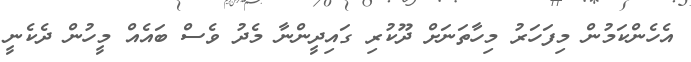
އެހެންކަމުން މިފަހަރު މިހާތަނަށް ދޫކުރި ގައިދީންނާ މެދު ވެސް ބައެއް މީހުން ދެކެނީ